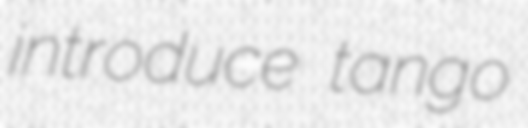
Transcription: introduce tango